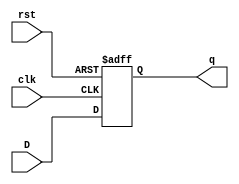
`timescale 1ns / 1ps


module dff_1(
input D,
input clk,
input rst,
output reg  q
    );
    
always @(posedge (clk) , posedge (rst))begin
  if (rst)begin
    q<= 1'b0;
    end else begin
    q<=D;
    end
    end
   
 
endmodule